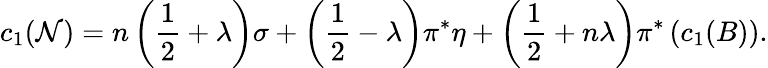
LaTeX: c_{1}({\cal N})=n\left({\frac{1}{2}}+\lambda\right)\sigma+\left({\frac{1}{2}}-\lambda\right)\pi^{*}\eta+\left({\frac{1}{2}}+n\lambda\right)\pi^{*}\left(c_{1}(B)\right).